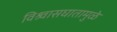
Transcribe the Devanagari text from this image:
विश्र्वासघातामुळे